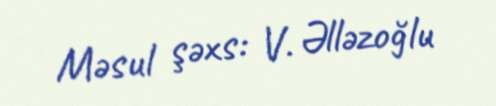
Məsul şəxs: V. Əlləzoğlu